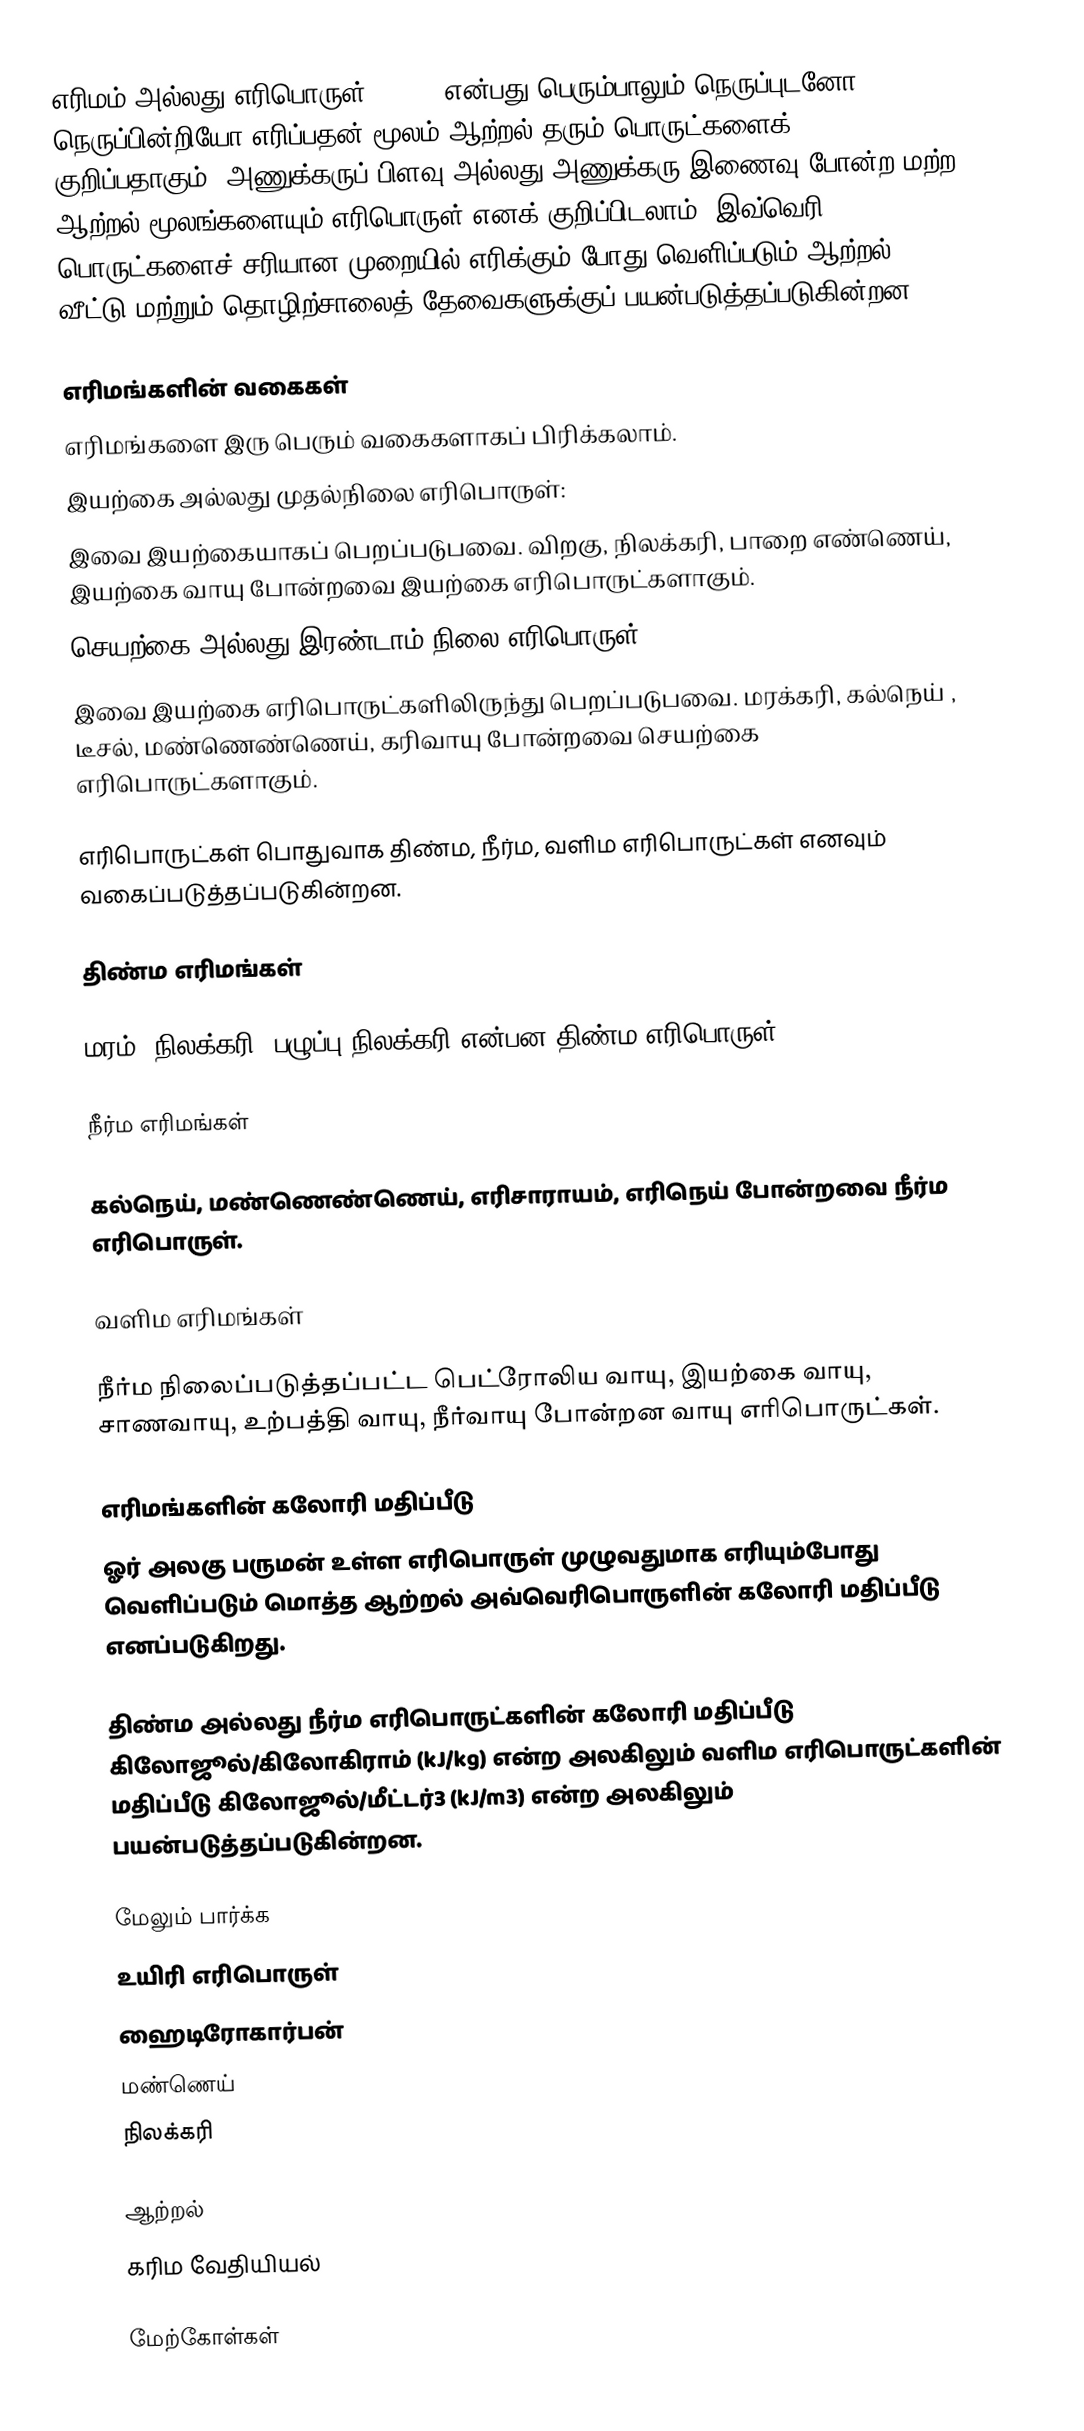
எரிமம் அல்லது எரிபொருள் (Fuel) என்பது பெரும்பாலும் நெருப்புடனோ நெருப்பின்றியோ எரிப்பதன் மூலம் ஆற்றல் தரும் பொருட்களைக் குறிப்பதாகும். அணுக்கருப் பிளவு அல்லது அணுக்கரு இணைவு போன்ற மற்ற ஆற்றல் மூலங்களையும் எரிபொருள் எனக் குறிப்பிடலாம். இவ்வெரி பொருட்களைச் சரியான முறையில் எரிக்கும் போது வெளிப்படும் ஆற்றல் வீட்டு மற்றும் தொழிற்சாலைத் தேவைகளுக்குப் பயன்படுத்தப்படுகின்றன.

எரிமங்களின் வகைகள்
எரிமங்களை இரு பெரும் வகைகளாகப் பிரிக்கலாம்.
 இயற்கை அல்லது முதல்நிலை எரிபொருள்:
இவை இயற்கையாகப் பெறப்படுபவை. விறகு, நிலக்கரி, பாறை எண்ணெய், இயற்கை வாயு போன்றவை இயற்கை எரிபொருட்களாகும்.
 செயற்கை அல்லது இரண்டாம் நிலை எரிபொருள்:
இவை இயற்கை எரிபொருட்களிலிருந்து பெறப்படுபவை. மரக்கரி, கல்நெய் , டீசல், மண்ணெண்ணெய், கரிவாயு போன்றவை செயற்கை எரிபொருட்களாகும்.

எரிபொருட்கள் பொதுவாக திண்ம, நீர்ம, வளிம எரிபொருட்கள் எனவும் வகைப்படுத்தப்படுகின்றன.

திண்ம எரிமங்கள்

மரம், நிலக்கரி, பழுப்பு நிலக்கரி என்பன திண்ம எரிபொருள்.

நீர்ம எரிமங்கள்

கல்நெய், மண்ணெண்ணெய், எரிசாராயம், எரிநெய் போன்றவை நீர்ம எரிபொருள்.

வளிம எரிமங்கள்

நீர்ம நிலைப்படுத்தப்பட்ட பெட்ரோலிய வாயு, இயற்கை வாயு, சாணவாயு, உற்பத்தி வாயு, நீர்வாயு போன்றன வாயு எரிபொருட்கள்.

எரிமங்களின் கலோரி மதிப்பீடு
ஓர் அலகு பருமன் உள்ள எரிபொருள் முழுவதுமாக எரியும்போது வெளிப்படும் மொத்த ஆற்றல் அவ்வெரிபொருளின் கலோரி மதிப்பீடு எனப்படுகிறது.

திண்ம அல்லது நீர்ம எரிபொருட்களின் கலோரி மதிப்பீடு கிலோஜூல்/கிலோகிராம் (kJ/kg) என்ற அலகிலும் வளிம எரிபொருட்களின் மதிப்பீடு கிலோஜூல்/மீட்டர்3 (kJ/m3) என்ற அலகிலும் பயன்படுத்தப்படுகின்றன.

மேலும் பார்க்க
 உயிரி எரிபொருள்
 ஹைடிரோகார்பன்
 மண்ணெய்
 நிலக்கரி

ஆற்றல்
கரிம வேதியியல்

மேற்கோள்கள்